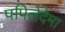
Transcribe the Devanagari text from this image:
पपिलेदेमा